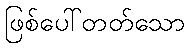
ဖြစ်ပေါ်တတ်သော